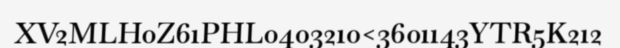
XV2MLH0Z61PHL0403210<3601143YTR5K212